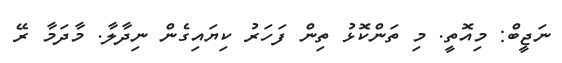
ނަޖީބް: މިއޮތީ. މި ތަންކޮޅު ތިން ފަހަރު ކިޔައިގެން ނިދާލާ. މާދަމާ ރޭ